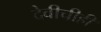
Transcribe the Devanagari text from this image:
देवीचीही